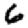
Digit: 6